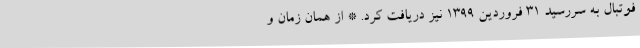
فوتبال به سررسید ۳۱ فروردین ۱۳۹۹ نیز دریافت کرد. * از همان زمان و